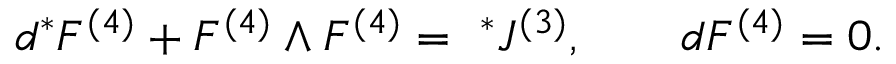
d { } ^ { * } F ^ { ( 4 ) } + F ^ { ( 4 ) } \wedge F ^ { ( 4 ) } = { ~ } ^ { * } J ^ { ( 3 ) } , \qquad d { } F ^ { ( 4 ) } = 0 .